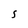
Character: S